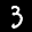
Digit: 3